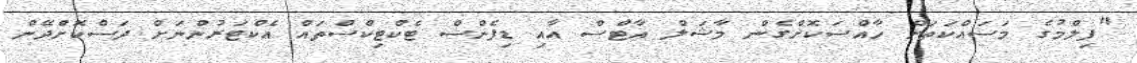
"ފިލްމުގެ މަސައްކަތަށް ހާއްސަކޮށްގެން މާޝަލް އާޓްސް އާއި ޑިފެންސް ޓެކްޓިކްސްތައް އެކްޓަރުންނަށް ދަސްކޮށްދޭން